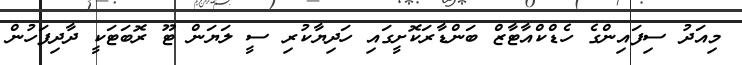
މިއަދު ސިފައިންގެ ހެޑްކްއާޓާޒް ބަންޑާރަކޮށީގައި ހަދިޔާކުރި ސީ ލަޔަން ޓޫ ރޮބަޓަކީ ދާދިފަހުން